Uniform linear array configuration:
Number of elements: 8
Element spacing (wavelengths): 0.5
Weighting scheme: hann
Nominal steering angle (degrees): -45
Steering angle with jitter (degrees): -45.883
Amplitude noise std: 0.05
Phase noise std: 0.05

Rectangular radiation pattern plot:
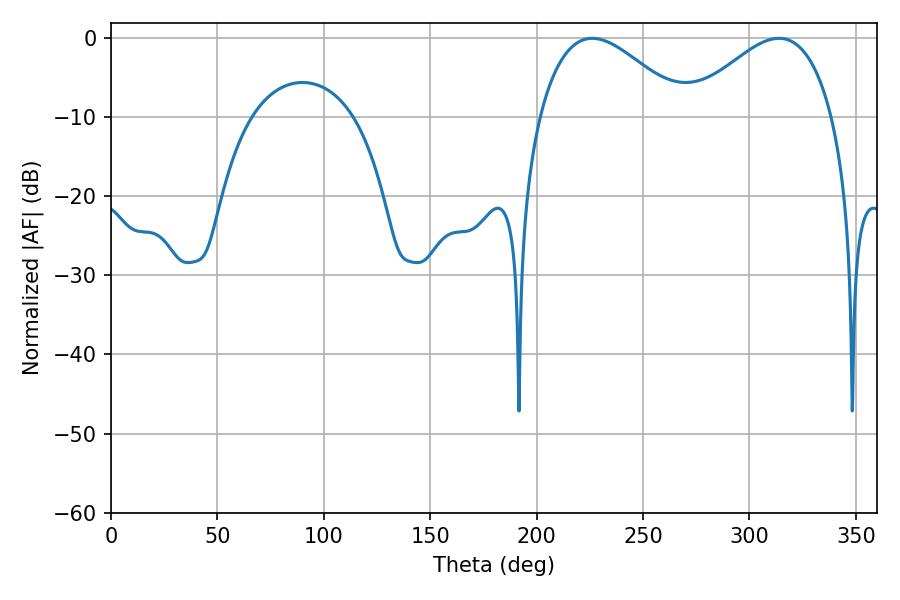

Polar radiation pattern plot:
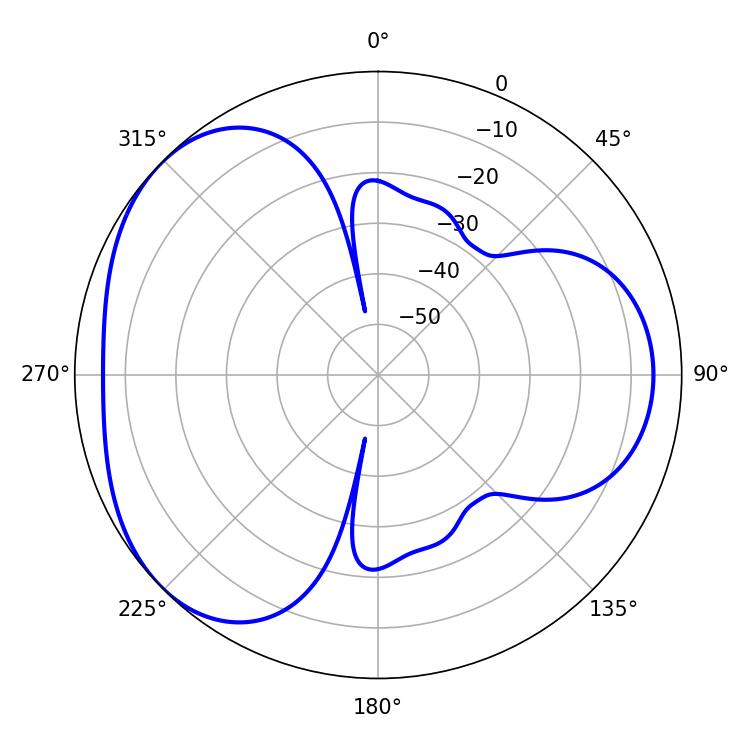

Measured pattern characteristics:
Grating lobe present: FALSE
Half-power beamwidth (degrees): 36.9
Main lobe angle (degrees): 226.08